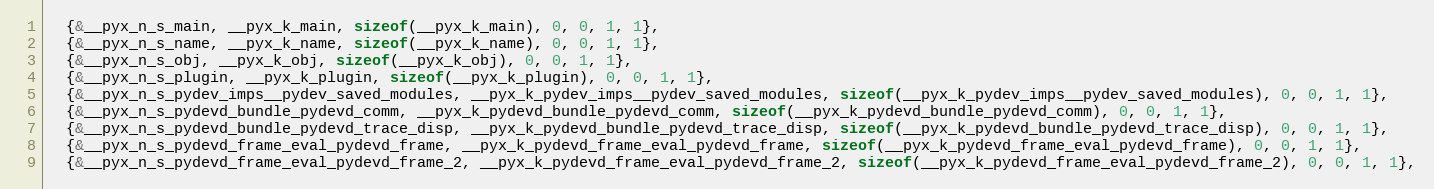
Language: C
  {&__pyx_n_s_main, __pyx_k_main, sizeof(__pyx_k_main), 0, 0, 1, 1},
  {&__pyx_n_s_name, __pyx_k_name, sizeof(__pyx_k_name), 0, 0, 1, 1},
  {&__pyx_n_s_obj, __pyx_k_obj, sizeof(__pyx_k_obj), 0, 0, 1, 1},
  {&__pyx_n_s_plugin, __pyx_k_plugin, sizeof(__pyx_k_plugin), 0, 0, 1, 1},
  {&__pyx_n_s_pydev_imps__pydev_saved_modules, __pyx_k_pydev_imps__pydev_saved_modules, sizeof(__pyx_k_pydev_imps__pydev_saved_modules), 0, 0, 1, 1},
  {&__pyx_n_s_pydevd_bundle_pydevd_comm, __pyx_k_pydevd_bundle_pydevd_comm, sizeof(__pyx_k_pydevd_bundle_pydevd_comm), 0, 0, 1, 1},
  {&__pyx_n_s_pydevd_bundle_pydevd_trace_disp, __pyx_k_pydevd_bundle_pydevd_trace_disp, sizeof(__pyx_k_pydevd_bundle_pydevd_trace_disp), 0, 0, 1, 1},
  {&__pyx_n_s_pydevd_frame_eval_pydevd_frame, __pyx_k_pydevd_frame_eval_pydevd_frame, sizeof(__pyx_k_pydevd_frame_eval_pydevd_frame), 0, 0, 1, 1},
  {&__pyx_n_s_pydevd_frame_eval_pydevd_frame_2, __pyx_k_pydevd_frame_eval_pydevd_frame_2, sizeof(__pyx_k_pydevd_frame_eval_pydevd_frame_2), 0, 0, 1, 1},